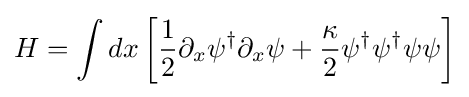
H=\int dx\left[{1 \over 2}\partial _{x}\psi ^{\dagger }\partial _{x}\psi +{\kappa  \over 2}\psi ^{\dagger }\psi ^{\dagger }\psi \psi \right]